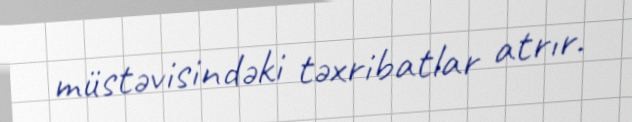
müstəvisindəki təxribatlar atrır.